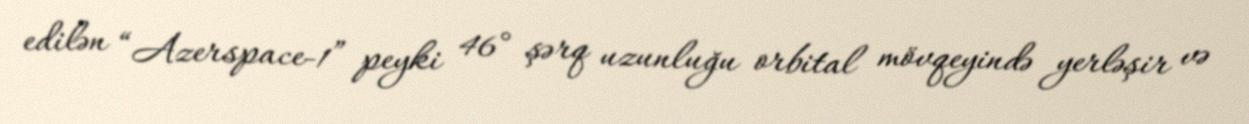
edilən “Azerspace-1” peyki 46° şərq uzunluğu orbital mövqeyində yerləşir və